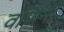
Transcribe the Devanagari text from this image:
वर्णिनी